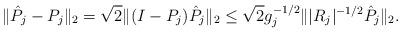
LaTeX: \begin{align*} \|\hat P_j- P_j\|_2=\sqrt{2}\|(I-P_j)\hat P_j\|_2\leq \sqrt{2}g_j^{-1/2} \Vert|R_j|^{-1/2} \hat P_j\Vert_2.\end{align*}